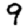
Digit: 9